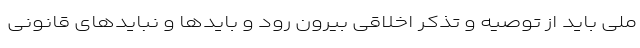
ملی باید از توصیه و تذکر اخلاقی بیرون رود و بایدها و نبایدهای قانونی